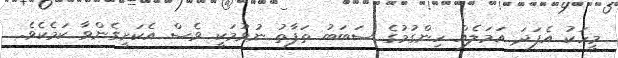
މީހަކު އެފަދަ އަމަލެއް ހިންގުމުގެ ސަބަބު ތަފާތު ނުވުމަކީ ވެސް އެކަށީގެންވާ ކަމެކެވެ.